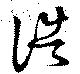
誥